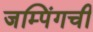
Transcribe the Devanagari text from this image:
जम्पिंगची